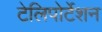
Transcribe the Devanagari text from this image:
टेलिपोर्टेशन